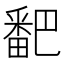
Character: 𬏓